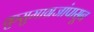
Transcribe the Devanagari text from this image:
कुसुमाग्रजांपासून